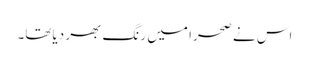
اس نے صحرا میں رنگ بھر دیاتھا۔